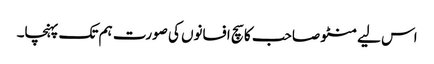
اس لیے منٹو صاحب کا سچ افسانوں کی صورت ہم تک پہنچا۔